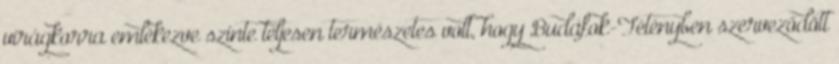
virágkorra emlékezve szinte teljesen természetes volt, hogy Budafok-Tétényben szerveződött